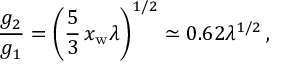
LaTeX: \frac { g _ { 2 } } { g _ { 1 } } = \left( \frac { 5 } { 3 } \, x _ { \mathrm { w } } \lambda \right) ^ { 1 / 2 } \simeq 0 . 6 2 \lambda ^ { 1 / 2 } \, ,